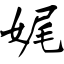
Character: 娓